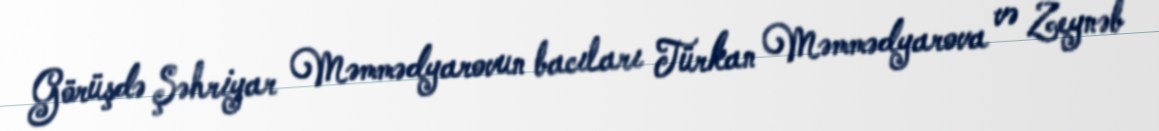
Görüşdə Şəhriyar Məmmədyarovun bacıları Türkan Məmmədyarova və Zeynəb